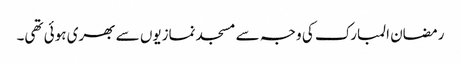
رمضان المبارک کی وجہ سے مسجد نمازیوں سے بھری ہوئی تھی۔